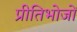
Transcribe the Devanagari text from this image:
प्रीतिभोजों